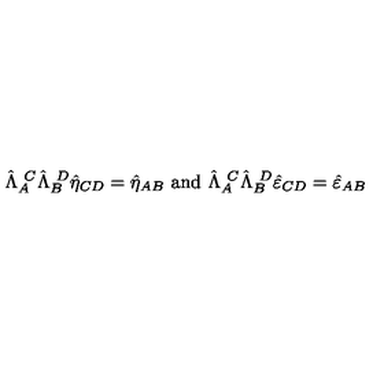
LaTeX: \hat { \Lambda } _ { A } ^ { \ C } \hat { \Lambda } _ { B } ^ { \ D } \hat { \eta } _ { C D } = \hat { \eta } _ { A B } \ \mathrm { a n d } \ \hat { \Lambda } _ { A } ^ { \ C } \hat { \Lambda } _ { B } ^ { \ D } \hat { \varepsilon } _ { C D } = \hat { \varepsilon } _ { A B }